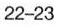
22-23